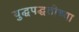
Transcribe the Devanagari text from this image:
युद्धपद्धतीच्या